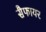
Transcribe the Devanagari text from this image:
सैफायर